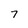
Character: 7